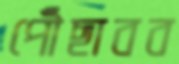
পৌঁছাবব